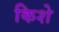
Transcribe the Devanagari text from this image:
किशे